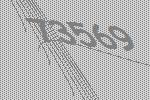
73569